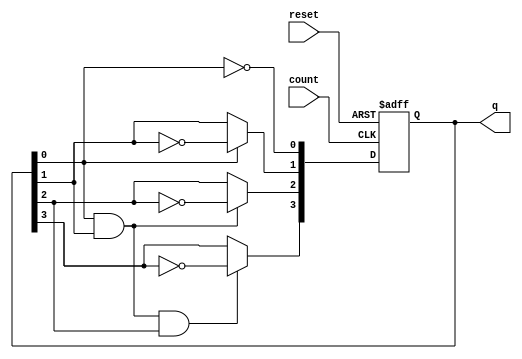
module async_ripple_counter (
    input wire count,          // Count enable signal
    input wire reset,          // Asynchronous reset signal
    output reg [N-1:0] q       // Counter output
);
    parameter N = 4;           // Number of bits in the counter

    // Asynchronous reset and counting functionality
    always @(posedge count or posedge reset) begin
        if (reset) begin
            q <= 0;            // Reset the counter to 0
        end else begin
            // Ripple counting logic
            q[0] <= ~q[0];     // Toggle the least significant bit
            q[1] <= q[0] ? ~q[1] : q[1]; // Toggle next bit if LSB was toggled
            q[2] <= (q[0] & q[1]) ? ~q[2] : q[2]; // Toggle next bit if both LSB and 2nd bit were toggled
            q[3] <= (q[0] & q[1] & q[2]) ? ~q[3] : q[3]; // Toggle next bit if LSB, 2nd, and 3rd bit were toggled
            // Extend this logic for more bits as needed
        end
    end

endmodule